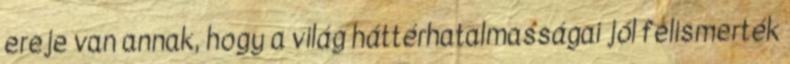
ereje van annak, hogy a világ háttérhatalmasságai jól felismerték